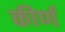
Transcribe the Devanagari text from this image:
कीर्ण